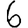
Digit: 6